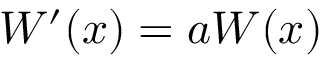
W ^ { \prime } ( x ) = a W ( x )